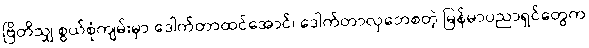
ဗြိတိသျှ စွယ်စုံကျမ်းမှာ ဒေါက်တာထင်အောင်၊ ဒေါက်တာလှဘေစတဲ့ မြန်မာပညာရှင်တွေက